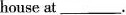
house at \underline.